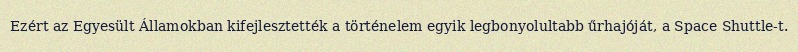
Ezért az Egyesült Államokban kifejlesztették a történelem egyik legbonyolultabb űrhajóját, a Space Shuttle-t.